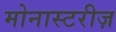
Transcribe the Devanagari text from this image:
मोनास्टरीज़